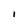
Character: 1